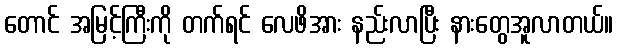
တောင် အမြင့်ကြီးကို တက်ရင် လေဖိအား နည်းလာပြီး နားတွေအူလာတယ်။